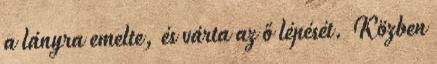
a lányra emelte, és várta az ő lépését. Közben